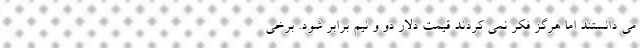
می دانستند اما هرگز فکر نمی کردند قیمت دلار دو و نیم برابر شود. برخی